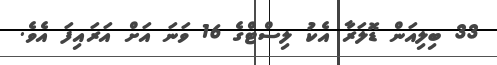
33 ބިލިއަން ޑޮލަރާ އެކު ލިސްޓްގެ 16 ވަނަ އަށް އަރައިފަ އެވެ.